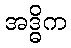
အဒ္ဓိက